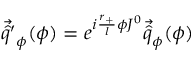
\vec { \hat { q } ^ { \prime } } _ { \phi } ( \phi ) = e ^ { i \frac { r _ { + } } { l } \phi J ^ { 0 } } \vec { \hat { q } } _ { \phi } ( \phi )